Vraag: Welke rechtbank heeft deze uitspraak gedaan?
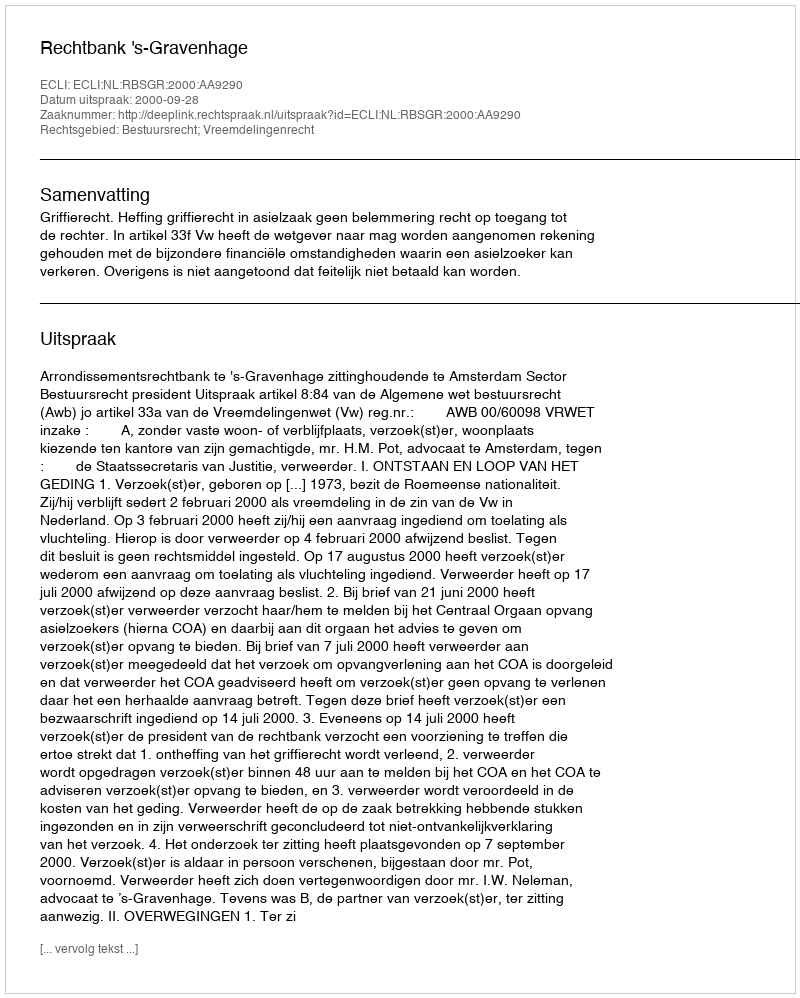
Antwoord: Rechtbank 's-Gravenhage